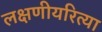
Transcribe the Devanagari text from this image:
लक्षणीयरित्या